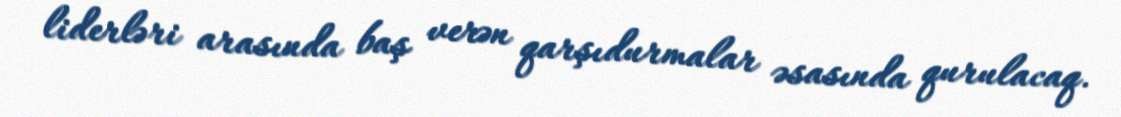
liderləri arasında baş verən qarşıdurmalar əsasında qurulacaq.